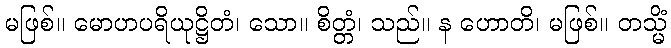
မဖြစ်။ မောဟပရိယုဋ္ဌိတံ၊ သော။ စိတ္တံ၊ သည်။ န ဟောတိ၊ မဖြစ်။ တသ္မိံ